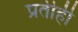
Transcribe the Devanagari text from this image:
प्रतीही